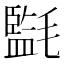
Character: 㲯